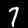
Digit: 7